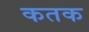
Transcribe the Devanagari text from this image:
कतक